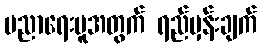
ပညာရေးမူအတွက် ရည်မှန်းချက်